Indian journal of veterinary science and animal husbandry - Volumes 15-17, 1948-1951
Year: 1948
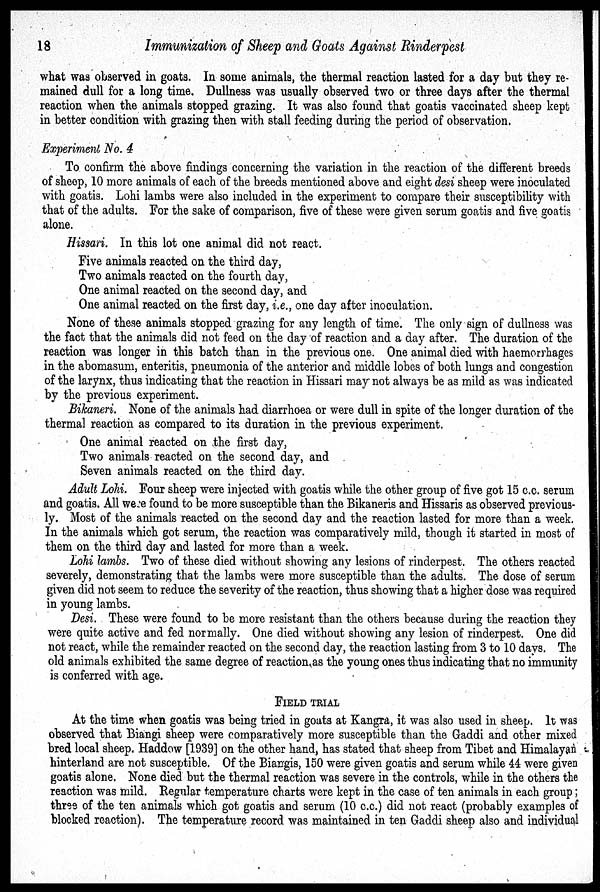
18
Immunization of Sheep and Goats Against Rinderpest
what was observed in goats. In some animals, the thermal reaction lasted for a day but they re-
mained dull for a long time. Dullness was usually observed two or three days after the thermal
reaction when the animals stopped grazing. It was also found that goatis vaccinated sheep kept
in better condition with grazing then with stall feeding during the period of observation.
Experiment No. 4
To confirm the above findings concerning the variation in the reaction of the different breeds
of sheep, 10 more animals of each of the breeds mentioned above and eight desi sheep were inoculated
with goatis. Lohi lambs were also included in the experiment to compare their susceptibility with
that of the adults. For the sake of comparison, five of these were given serum goatis and five goatis
alone.
Hissari. In this lot one animal did not react.
Five animals reacted on the third day,
Two animals reacted on the fourth day,
One animal reacted on the second day, and
One animal reacted on the first day, i.e., one day after inoculation.
None of these animals stopped grazing for any length of time. The only sign of dullness was
the fact that the animals did not feed on the day of reaction and a day after. The duration of the
reaction was longer in this batch than in the previous one. One animal died with haemorrhages
in the abomasum, enteritis, pneumonia of the anterior and middle lobes of both lungs and congestion
of the larynx, thus indicating that the reaction in Hissari may not always be as mild as was indicated
by the previous experiment.
Bikaneri. None of the animals had diarrhoea or were dull in spite of the longer duration of the
thermal reaction as compared to its duration in the previous experiment.
One animal reacted on the first day,
Two animals reacted on the second day, and
Seven animals reacted on the third day.
Adult Lohi. Four sheep were injected with goatis while the other group of five got 15 c.c. serum
and goatis. All were found to be more susceptible than the Bikaneris and Hissaris as observed previous-
ly. Most of the animals reacted on the second day and the reaction lasted for more than a week.
In the animals which got serum, the reaction was comparatively mild, though it started in most of
them on the third day and lasted for more than a week.
Lohi lambs. Two of these died without showing any lesions of rinderpest. The others reacted
severely, demonstrating that the lambs were more susceptible than the adults. The dose of serum
given did not seem to reduce the severity of the reaction, thus showing that a higher dose was required
in young lambs.
Desi. These were found to be more resistant than the others because during the reaction they
were quite active and fed normally. One died without showing any lesion of rinderpest. One did
not react, while the remainder reacted on the second day, the reaction lasting from 3 to 10 days. The
old animals exhibited the same degree of reaction as the young ones thus indicating that no immunity
is conferred with age.
FIELD TRIAL
At the time when goatis was being tried in goats at Kangra, it was also used in sheep. It was
observed that Biangi sheep were comparatively more susceptible than the Gaddi and other mixed
bred local sheep. Haddow [1939] on the other hand, has stated that sheep from Tibet and Himalayan
hinterland are not susceptible. Of the Biangis, 150 were given goatis and serum while 44 were given
goatis alone. None died but the thermal reaction was severe in the controls, while in the others the
reaction was mild. Regular temperature charts were kept in the case of ten animals in each group;
three of the ten animals which got goatis and serum (10 c.c.) did not react (probably examples of
blocked reaction). The temperature record was maintained in ten Gaddi sheep also and individual